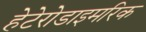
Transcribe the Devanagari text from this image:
हेटेरोडाइमरिक